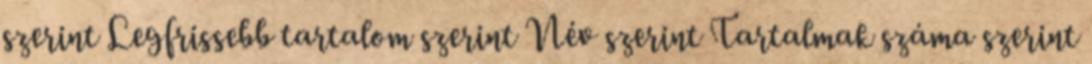
szerint Legfrissebb tartalom szerint Név szerint Tartalmak száma szerint